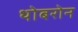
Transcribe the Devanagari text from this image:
थोबरोन